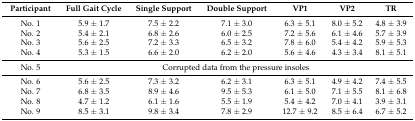
| Participant | Full Gait Cycle | Single Support | Double Support | VP1 | VP2 | TR |
 | --- | --- | --- | --- | --- | --- | --- |
 | No. 1 | 5.9 ± 1.7 | 7.5 ± 2.2 | 7.1 ± 3.0 | 6.3 ± 5.1 | 8.0 ± 5.2 | 4.8 ± 3.9 |
 | No. 2 | 5.4 ± 2.1 | 6.8 ± 2.6 | 6.0 ± 2.5 | 7.2 ± 5.6 | 6.1 ± 4.6 | 5.7 ± 3.9 |
 | No. 3 | 5.6 ± 2.5 | 7.2 ± 3.3 | 6.5 ± 3.2 | 7.8 ± 6.0 | 5.4 ± 4.2 | 5.9 ± 5.3 |
 | No. 4 | 5.3 ± 1.5 | 6.6 ± 2.0 | 6.2 ± 2.0 | 5.6 ± 4.6 | 4.3 ± 3.4 | 8.1 ± 5.1 |
 | No. 5 | <COLSPAN=6> Corrupted data from the pressure insoles |
 | No. 6 | 5.6 ± 2.5 | 7.3 ± 3.2 | 6.2 ± 3.1 | 6.3 ± 5.1 | 4.9 ± 4.2 | 7.4 ± 5.5 |
 | No. 7 | 6.8 ± 3.5 | 8.9 ± 4.6 | 9.5 ± 5.3 | 6.1 ± 5.0 | 7.1 ± 5.5 | 8.1 ± 6.8 |
 | No. 8 | 4.7 ± 1.2 | 6.1 ± 1.6 | 5.5 ± 1.9 | 5.4 ± 4.2 | 7.0 ± 4.1 | 3.9 ± 3.1 |
 | No. 9 | 8.5 ± 3.1 | 9.8 ± 3.4 | 7.8 ± 2.9 | 12.7 ± 9.2 | 8.5 ± 6.4 | 6.7 ± 5.2 |